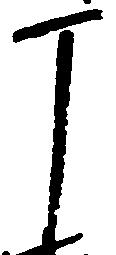
丁